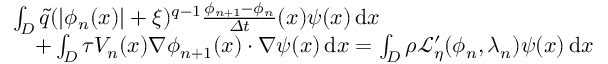
\begin{array} { r l } & { \int _ { D } \tilde { q } ( | \phi _ { n } ( x ) | + \xi ) ^ { q - 1 } \frac { \phi _ { n + 1 } - \phi _ { n } } { \varDelta t } ( x ) { \psi } ( x ) \, \mathrm { d } x } \\ & { \quad + \int _ { D } \tau V _ { n } ( x ) \nabla \phi _ { n + 1 } ( x ) \cdot \nabla { \psi } ( x ) \, \mathrm { d } x = \int _ { D } \rho \mathcal { L } _ { \eta } ^ { \prime } ( \phi _ { n } , \lambda _ { n } ) \psi ( x ) \, \mathrm { d } x } \end{array}